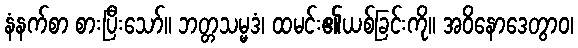
နံနက်စာ စားပြီးသော်။ ဘတ္တသမ္မဒံ၊ ထမင်း၏ယစ်ခြင်းကို။ အဝိနောဒေတွာဝ၊